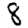
Digit: 8